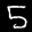
Label: 5